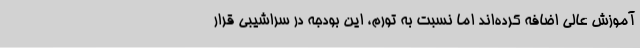
آموزش عالی اضافه کرده‌اند اما نسبت به تورم، این بودجه در سراشیبی قرار